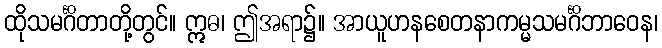
ထိုသမင်္ဂိတာတို့တွင်။ ဣဓ၊ ဤအရာ၌။ အာယူဟနစေတနာကမ္မသမင်္ဂိဘာဝေန၊